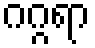
ဂဂ္ဂရာ